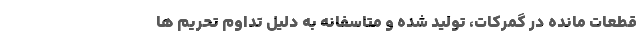
قطعات مانده در‌ گمرکات، تولید شده و متاسفانه به دلیل تداوم تحریم ها